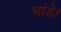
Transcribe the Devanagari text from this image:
भांडे।